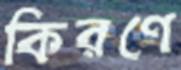
কিরণে